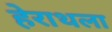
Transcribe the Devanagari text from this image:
हेराथला